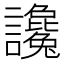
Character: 讒